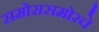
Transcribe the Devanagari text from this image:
समोरासमोरचे